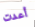
أعدت